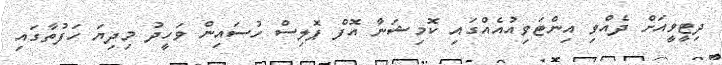
ދިޓީވީއަށް ދެއްވި އިންޓަވިއުއެއްގައި ކޮމިޝަނާ އޮފް ޕޮލިސް ހުސައިން ވަހީދު މިދިޔަ ހަފުތާގައި